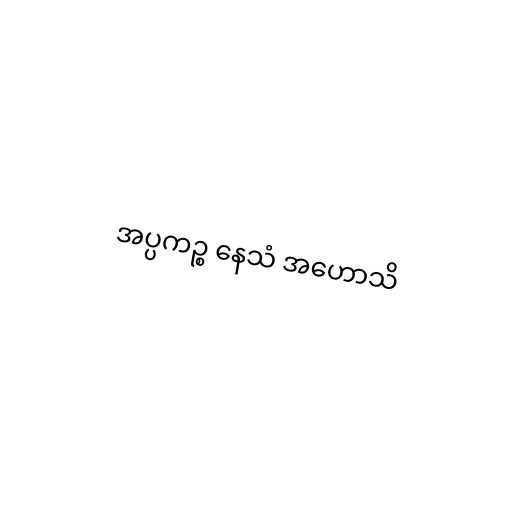
အပ္ပကဉ္စ နေသံ အဟောသိ